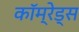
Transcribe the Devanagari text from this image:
कॉम्रेड्स